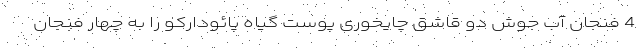
4 فنجان آب جوش دو قاشق چایخوری پوست گیاه پائودارکو را به چهار فنجان